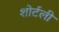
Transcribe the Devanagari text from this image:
शोर्टली